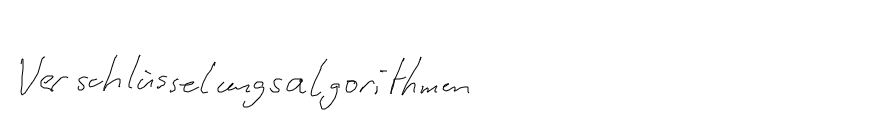
Verschlüsselungsalgorithmen